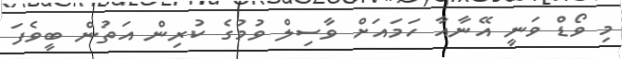
މި ވޯޑް ވަނީ އޭނާއާ ހަމައަށް ވާސިލް ވުމުގެ ކުރިން އަތުން ބީވެފަ